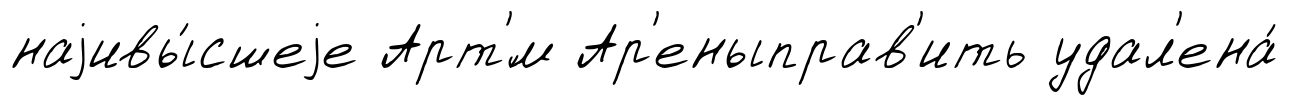
наjивы́сшеjе Арт'́м Ар'еныправ'ить удал'ена́